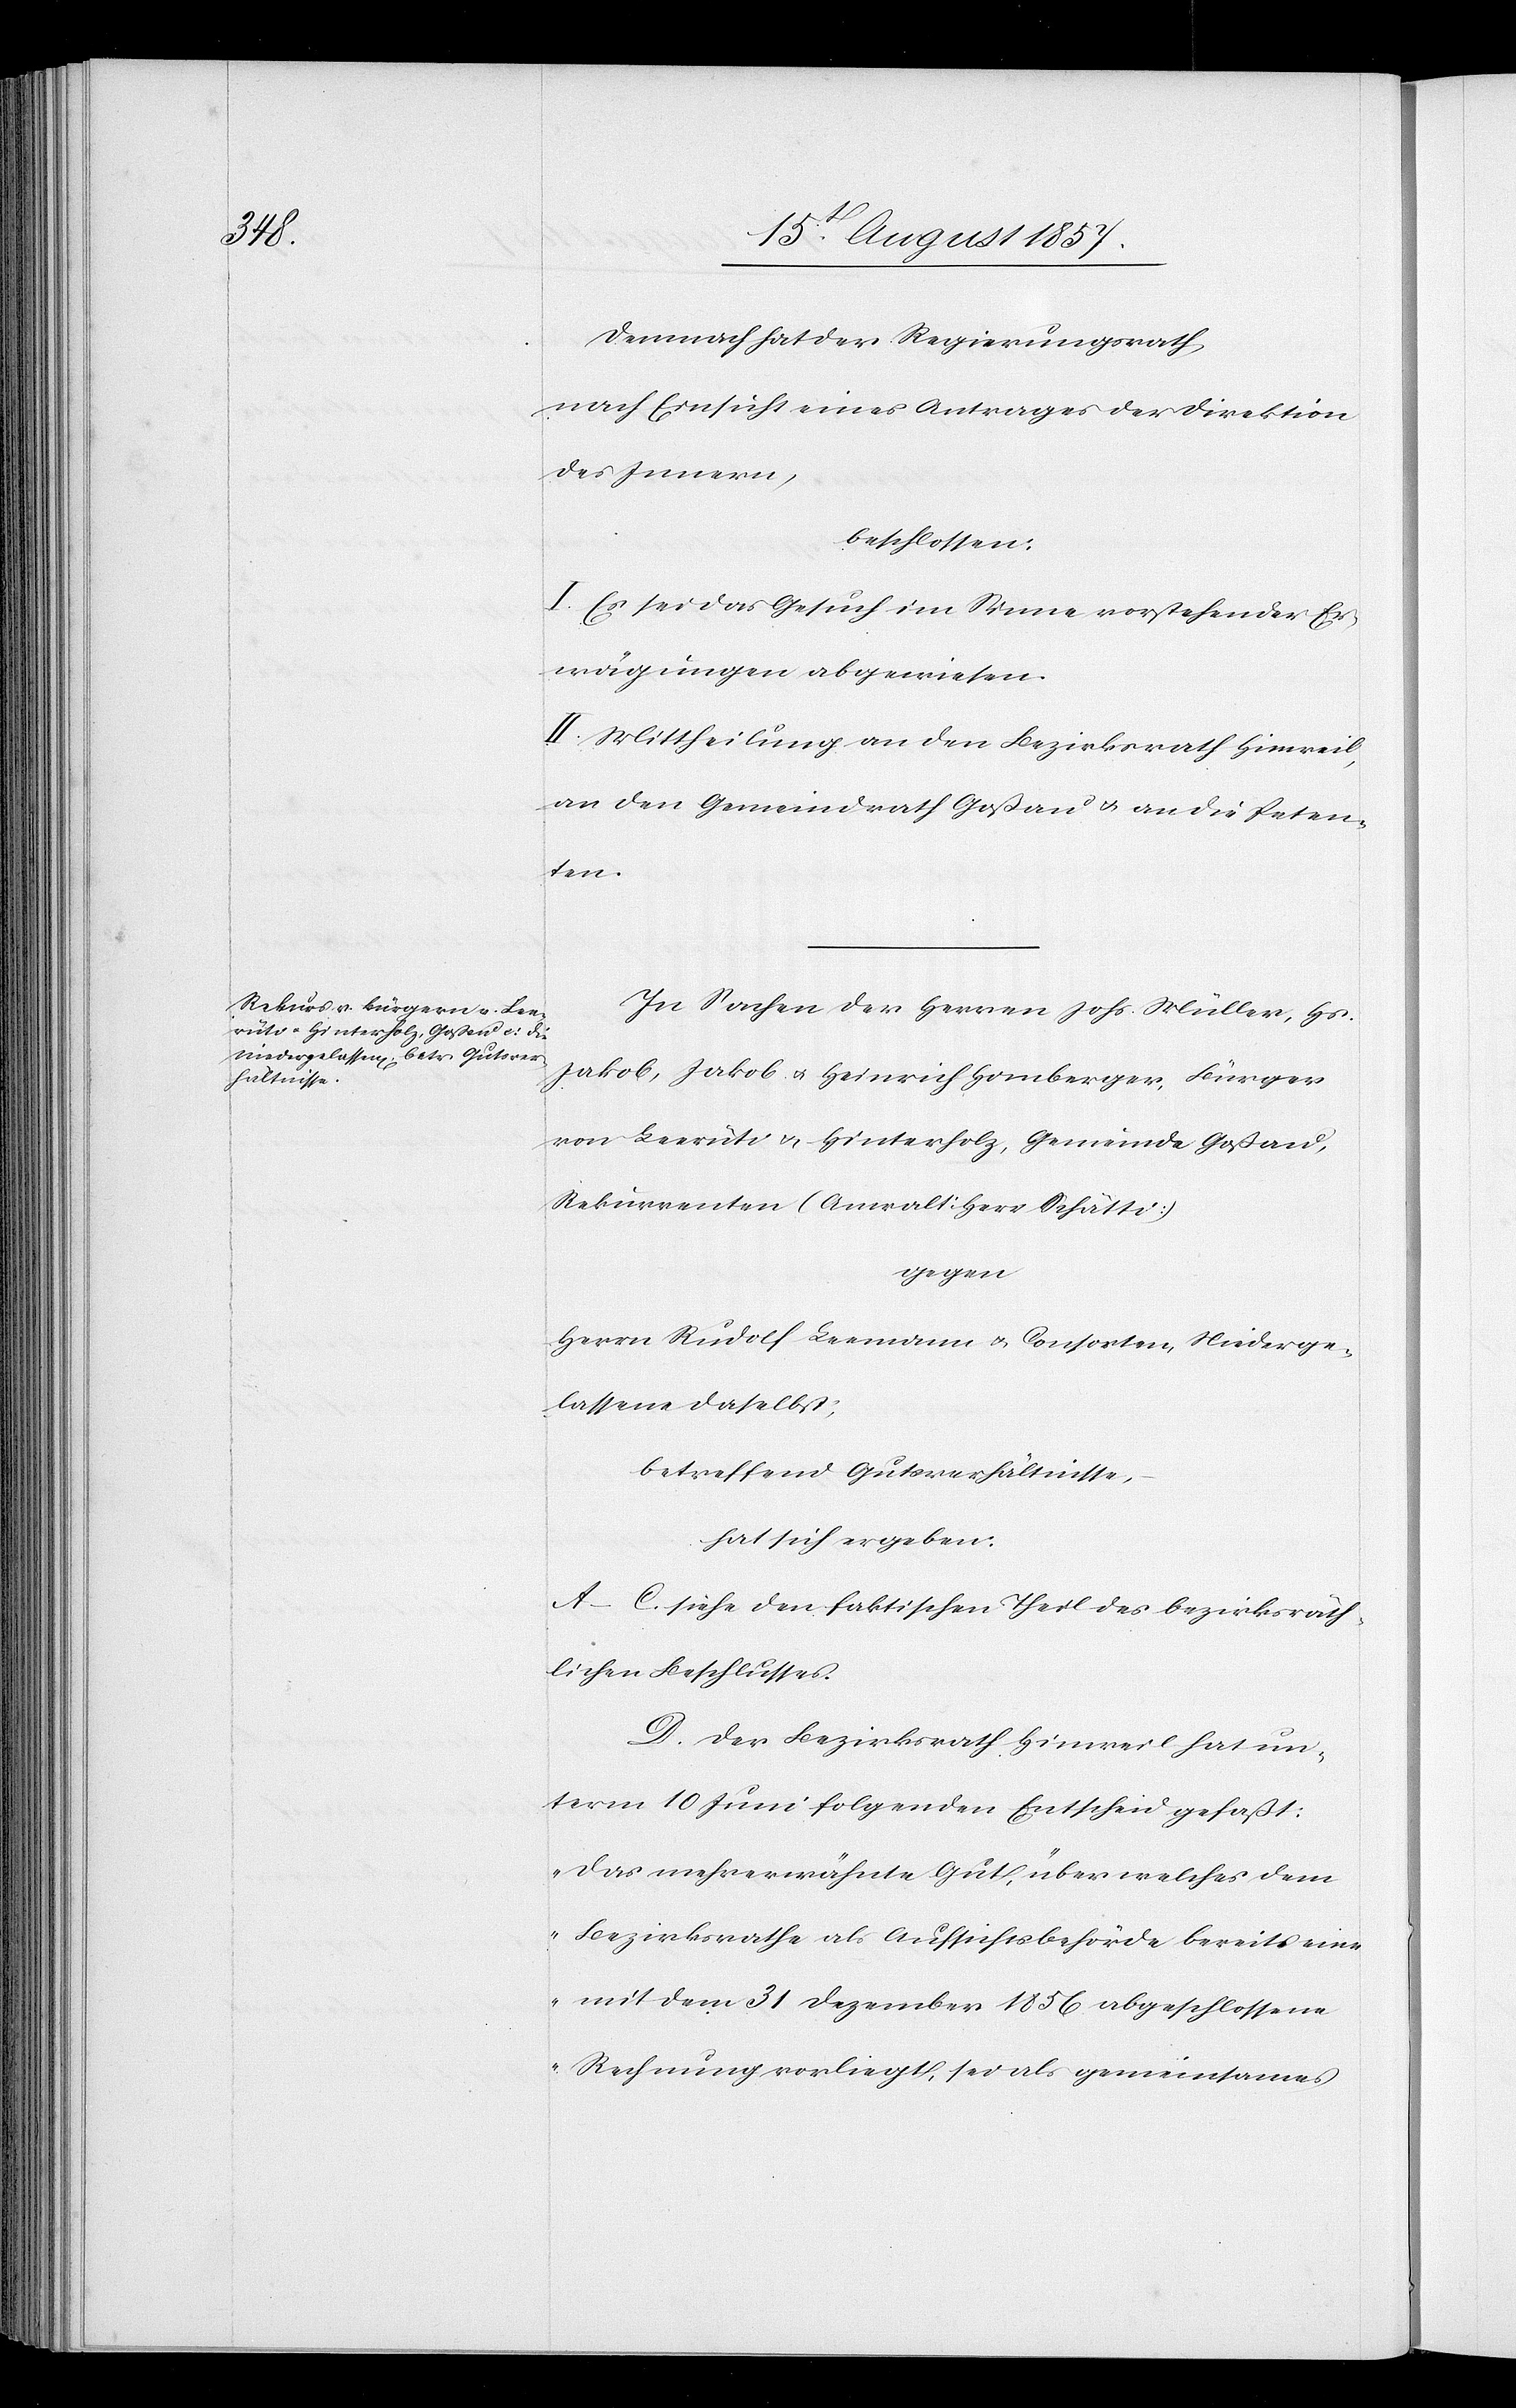
Demnach hat der Regierungsrath,
nach Einsicht eines Antrages der Direktion
des Innern,
beschlossen:
I. Es sei das Gesuch im Sinne vorstehender Er¬
wägungen abgewiesen.
II. Mittheilung an den Bezirksrath Hinweil,
an den Gemeindrath Goßau & an die Peten¬
ten.
In Sachen der Herren Johs. Müller, Hs.
Jakob, Jakob & Heinrich Homberger, Bürger
von Leerüti & Hinterholz, Gemeinde Goßau,
Rekurrenten (Anwalt Herr Schätti)
gegen
Herrn Rudolf Leemann & Consorten, Niederge¬
lassenen daselbst;
betreffend Gutsverhältnisse,
hat sich ergeben:
A–C. siehe den faktischen Theil des bezirksräth¬
lichen Beschlusses.
D. Der Bezirksrath Hinweil hat un¬
term 10 Juni folgenden Entscheid gefaßt:
„Das mehrerwähnte Gut, über welches dem
Bezirksrathe als Aufsichtsbehörde bereits eine
mit dem 31 Dezember 1856 abgeschlossene
Rechnung vorliegt, sei als gemeinsames